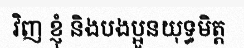
វិញ ខ្ញុំ និងបងប្អូនយុទ្ធមិត្ត